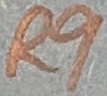
Text: R9